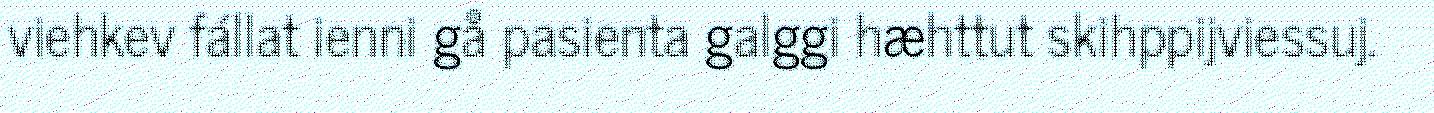
viehkev fállat ienni gå pasienta galggi hæhttut skihppijviessuj.